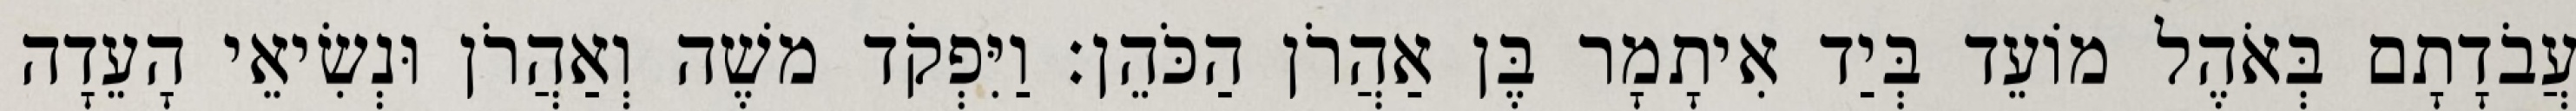
עֲבֹדָתָם בְּאֹהֶל מוֹעֵד בְּיַד אִיתָמָר בֶּן אַהֲרֹן הַכֹּהֵן׃ וַיִּפְקֹד משֶׁה וְאַהֲרֹן וּנְשִׂיאֵי הָעֵדָה